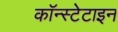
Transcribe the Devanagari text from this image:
कॉन्स्टेटाइन